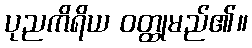
ပုညကိရိယ ဝတ္ထုမည်၏။